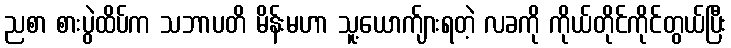
ညစာ စားပွဲထိပ်က သဘာပတိ မိန်းမဟာ သူ့ယောက်ျားရတဲ့ လခကို ကိုယ်တိုင်ကိုင်တွယ်ပြီး